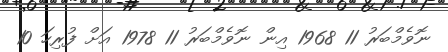
ނޮވެމްބަރު 11 1968 އިން ނޮވެމްބަރު 11 1978 އަށް ފުރިހަ 10